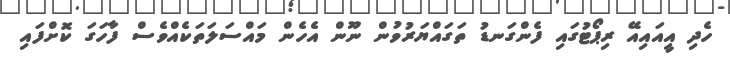
ހެދި އީއައިއޭ ރިޕޯޓުގައި ފެންގަނޑު ތަގައްޔަރުވުން ނޫން އެހެން މައްސަލަތަކެއްވެސް ފާހަގަ ކޮށްފައި